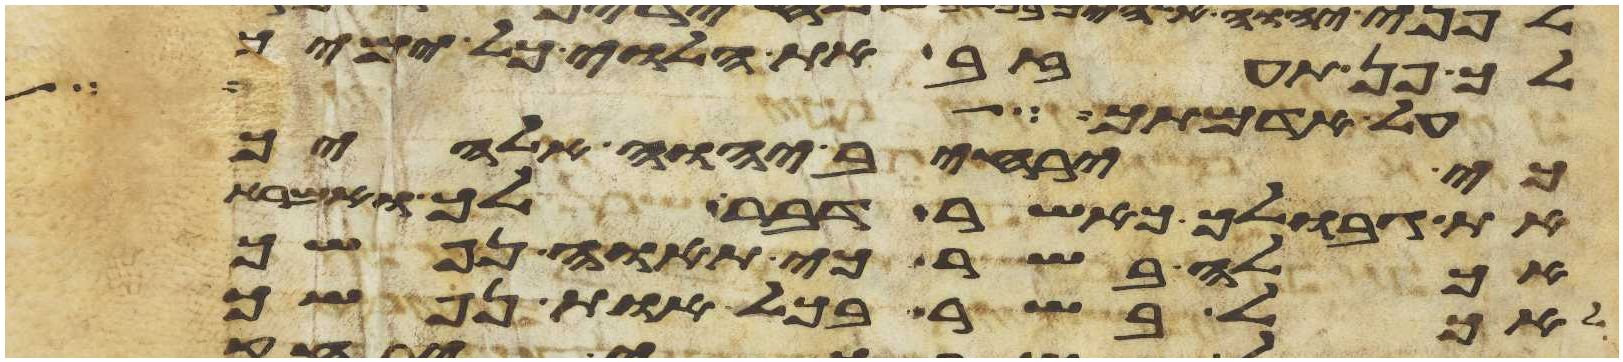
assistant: לך פן תעזב את הלוי כל ימיך
על האדם ועל
כי ירחיב יהוה אלהיך
את גבולך כאשר דבר לך ואמרת
אכלה בשר כי תאוה נפשך
לאכל בשר בכל אות נפשך